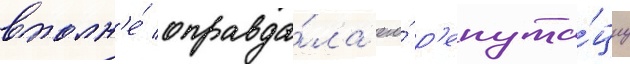
вполн'е́ оправда́ла его́ р'епута́циу